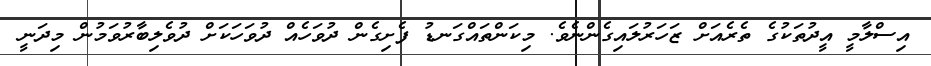
އިސްލާމީ އީދުތަކުގެ ތެރެއަށް ޒަހަރުލައިގެންނެވެ. މިކަންތައްގަނޑު ފެށިގެން ދުވަހެއް ދުވަހަކަށް ދުވެލިބާރުވަމުން މިދަނީ